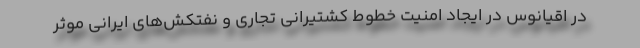
در اقیانوس در ایجاد امنیت خطوط کشتیرانی تجاری و نفتکش‌های ایرانی موثر